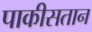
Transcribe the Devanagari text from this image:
पाकीसतान